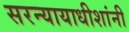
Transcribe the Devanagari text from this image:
सरन्यायाधीशांनी